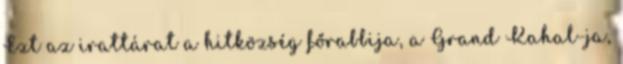
Ezt az irattárat a hitközség főrabbija, a Grand Kahal-ja,